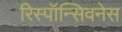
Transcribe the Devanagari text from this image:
रिस्पॉन्सिवनेस